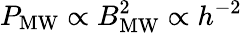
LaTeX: P_{\mathrm{MW}}\propto B_{\mathrm{MW}}^{2}\propto h^{-2}